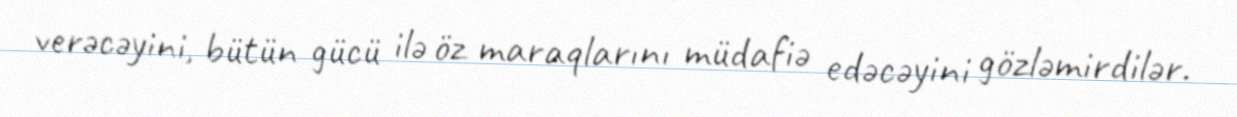
verəcəyini, bütün gücü ilə öz maraqlarını müdafiə edəcəyini gözləmirdilər.